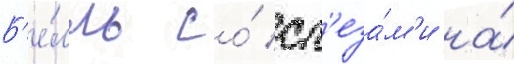
Б'е́лль со́ сл'еза́м'и на́